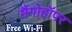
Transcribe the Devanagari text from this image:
मैंगोहॉपर